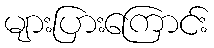
များပြားကြောင်း